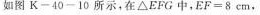
如图K-40-10所示，在△EFG中，EF=8cm，